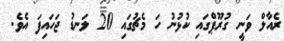
ރެއާލް ވަނީ ގުރޫޕްގައި ކުޅުނު ހަ މެޗުގައި 20 ލަނޑު ޖަހައިފަ އެވެ.